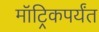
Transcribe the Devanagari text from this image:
मॉट्रिकपर्यंत